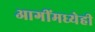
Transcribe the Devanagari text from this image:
आगींमध्येही